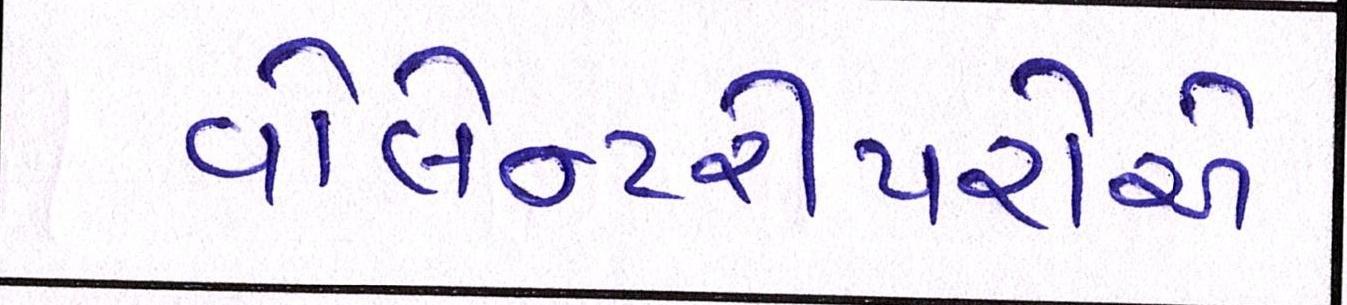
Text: વોલેન્ટરીયરોએ